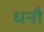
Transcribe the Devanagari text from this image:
धनौ